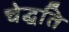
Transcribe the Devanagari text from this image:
चेद्धति